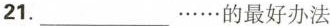
21. ___\cdots \cdots 的最好办法